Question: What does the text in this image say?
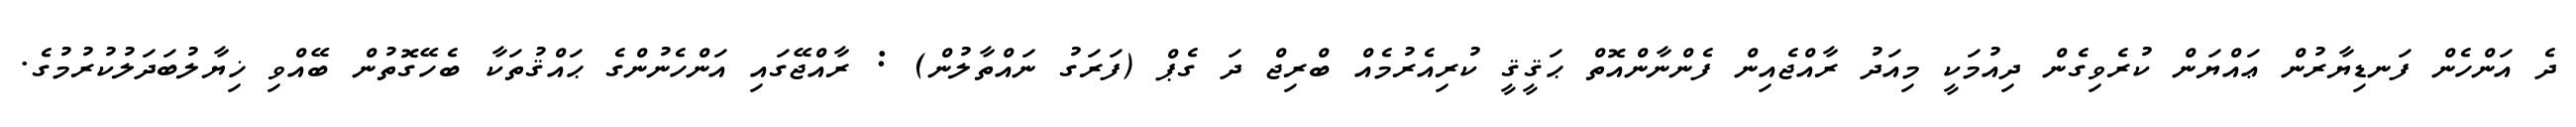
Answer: ދެ އަންހެން ފަނޑިޔާރުން ޢައްޔަން ކުރެވިގެން ދިއުމަކީ މިއަދު ރާއްޖެއިން ފެންނާންއޮތް ޙަޤީޤީ ކުރިއެރުމެއް ބްރިޖް ދަ ގެޕް (ފަރަގު ނައްތާލުން) : ރާއްޖޭގައި އަންހެނުންގެ ޙައްޤުތަކާ ބެހޭގޮތުން ބޭއްވި ޚިޔާލުބަދަލުކުރުމުގެ.